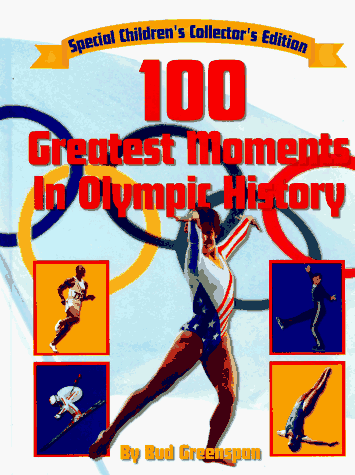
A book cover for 100 Greatest Moments in Olympic History; Bud Greenspan; Children's Books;